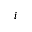
i